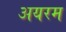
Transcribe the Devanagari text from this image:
अयरम